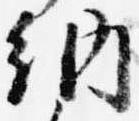
納